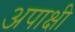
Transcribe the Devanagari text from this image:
अपाक्षी